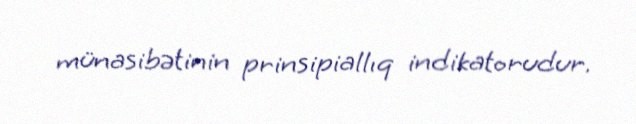
münasibətinin prinsipiallıq indikatorudur.